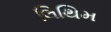
લિથિમ